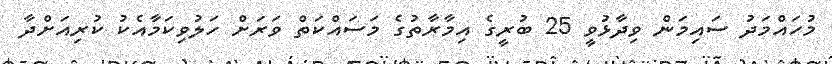
މުހައްމަދު ސައިމަން ވިދާޅުވީ 25 ބުރީގެ އިމާރާތުގެ މަސައްކަތް ވަރަަށް ހަލުވިކަމާއެކު ކުރިއަށްދާ